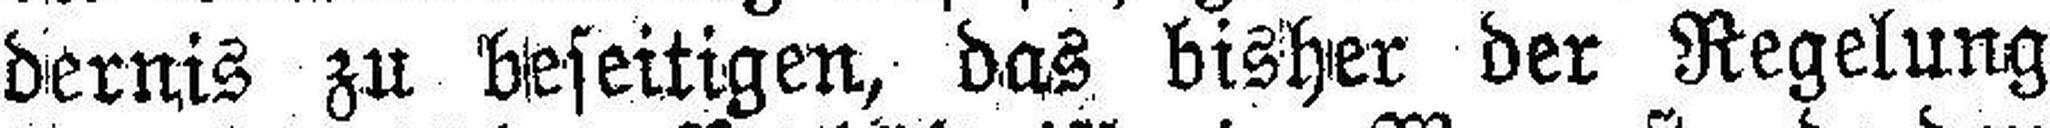
dernis zu beseitigen, das bisher der Regelung